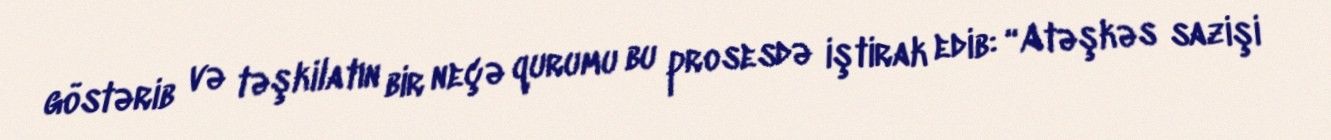
göstərib və təşkilatın bir neçə qurumu bu prosesdə iştirak edib: “Atəşkəs sazişi